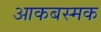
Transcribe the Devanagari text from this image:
आकबस्मक